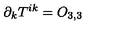
\partial _ { k } T ^ { i k } = O _ { 3 , 3 }